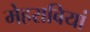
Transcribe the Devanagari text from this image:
मेहराबियां